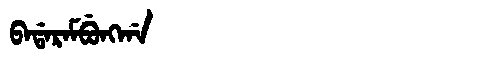
Manchu: ᠪᠠᡩᠠᡵᠠᠮᠪᡠᠩᡤᠠ
Romanization: BADARAMBUNGGA